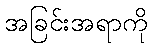
အခြင်းအရာကို